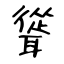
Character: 聳